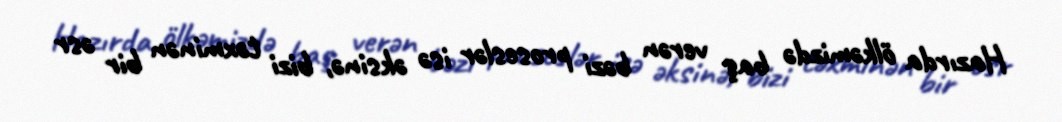
Hazırda ölkəmizdə baş verən bəzi proseslər isə əksinə, bizi təxminən bir əsr